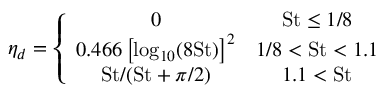
\eta _ { d } = \left\{ \begin{array} { c c } { 0 } & { \mathrm { S t } \le 1 / 8 } \\ { 0 . 4 6 6 \left[ \log _ { 1 0 } ( 8 \mathrm { S t } ) \right] ^ { 2 } } & { 1 / 8 < \mathrm { S t } < 1 . 1 } \\ { \mathrm { S t } / ( \mathrm { S t } + \pi / 2 ) } & { 1 . 1 < \mathrm { S t } } \end{array} \right.